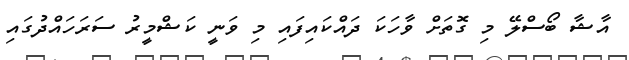
އާޝާ ބޯސްލޭ މި ގޮތަށް ވާހަކަ ދައްކައިފައި މި ވަނީ ކަޝްމީރު ސަރަހައްދުގައި